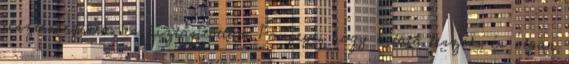
tisztességesen, és biztosítottam Pompeyt, hogy belátó leszek, és olyan